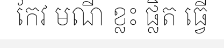
កែវ មណី ខ្លះ ផ្លិត ធ្វើ